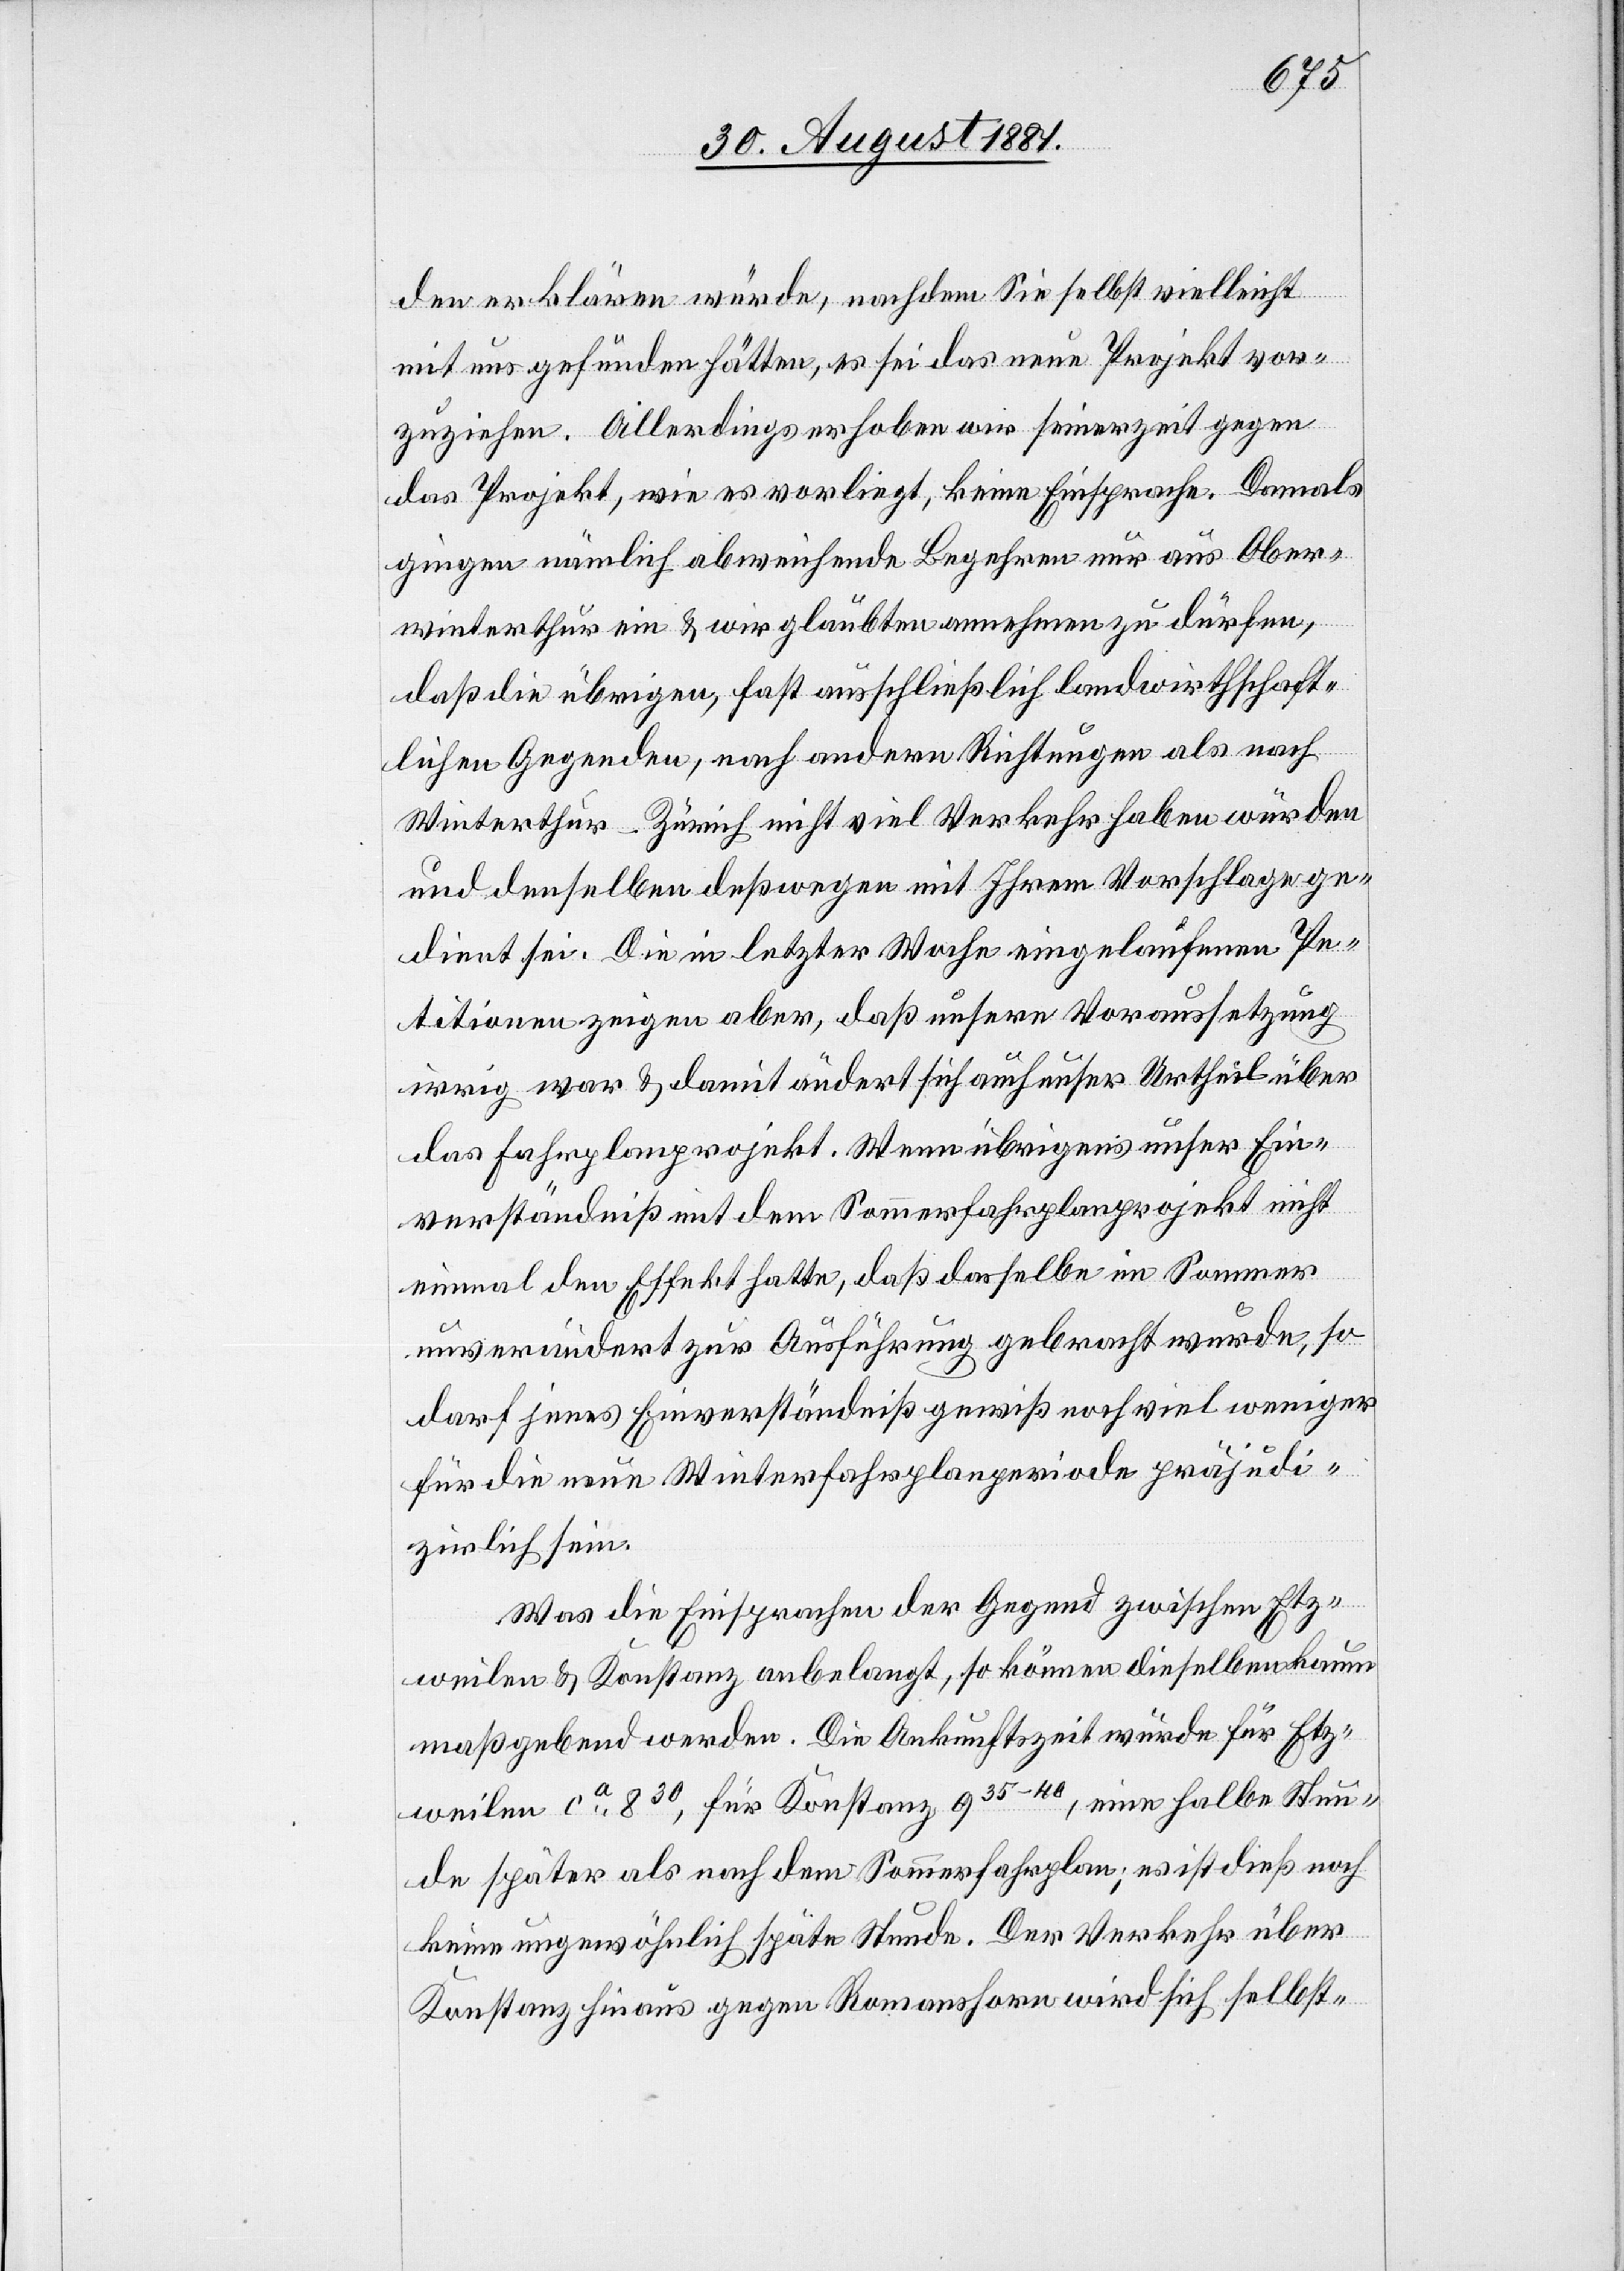
den erklären würde, nachdem Sie selbst vielleicht
mit uns gefunden hätten, es sei das neue Projekt vor¬
zuziehen. Allerdings erhoben wir seinerzeit gegen
das Projekt, wie es vorliegt, keine Einsprache. Damals
gingen nämlich abweichende Begehren nur aus Ober¬
winterthur ein & wir glaubten annehmen zu dürfen,
daß die übrigen, fast ausschließlich landwirthschaft¬
lichen Gegenden, nach andern Richtungen als nach
Winterthur–Zürich nicht viel Verkehr haben würden
und denselben deßwegen mit Ihrem Vorschlage ge¬
dient sei. Die in letzter Woche eingelaufenen Pe¬
titionen zeigen aber, daß unsere Voraussetzung
irrig war & damit ändert sich auch unser Urtheil über
das Fahrplanprojekt. Wenn übrigens unser Ein¬
verständniß mit dem Sommerfahrplanprojekt nicht
einmal den Effekt hatte, daß dasselbe im Sommer
unverändert zur Ausführung gebracht wurde, so
darf jenes Einverständniß gewiß noch viel weniger
für die neue Winterfahrplanperiode präjudi¬
zirlich sein.
Was die Einsprachen der Gegend zwischen Etz¬
weilen & Konstanz anbelangt, so können dieselben kaum
maßgebend werden. Die Ankunftszeit würde für Etz¬
weilen ca 830, für Konstanz 935–40, eine halbe Stun¬
de später als nach dem Sommerfahrplan; es ist dieß noch
keine ungewöhnlich späte Stunde. Der Verkehr über
Konstanz hinaus gegen Romanshorn wird sich selbst-